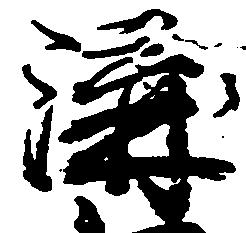
溝